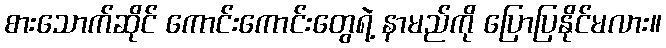
စားသောက်ဆိုင် ကောင်းကောင်းတွေရဲ့ နာမည်ကို ပြောပြနိုင်မလား။